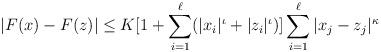
LaTeX: \begin{align*}|F(x)-F(z)|\leq K[1+\sum_{i=1}^\ell(|x_i|^\iota+|z_i|^\iota)]\sum_{i=1}^\ell|x_j-z_j|^\kappa\end{align*}